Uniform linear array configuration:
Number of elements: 32
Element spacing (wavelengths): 1
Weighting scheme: hann
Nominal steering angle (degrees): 0
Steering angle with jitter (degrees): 0.6964
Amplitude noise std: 0.05
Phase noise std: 0.05

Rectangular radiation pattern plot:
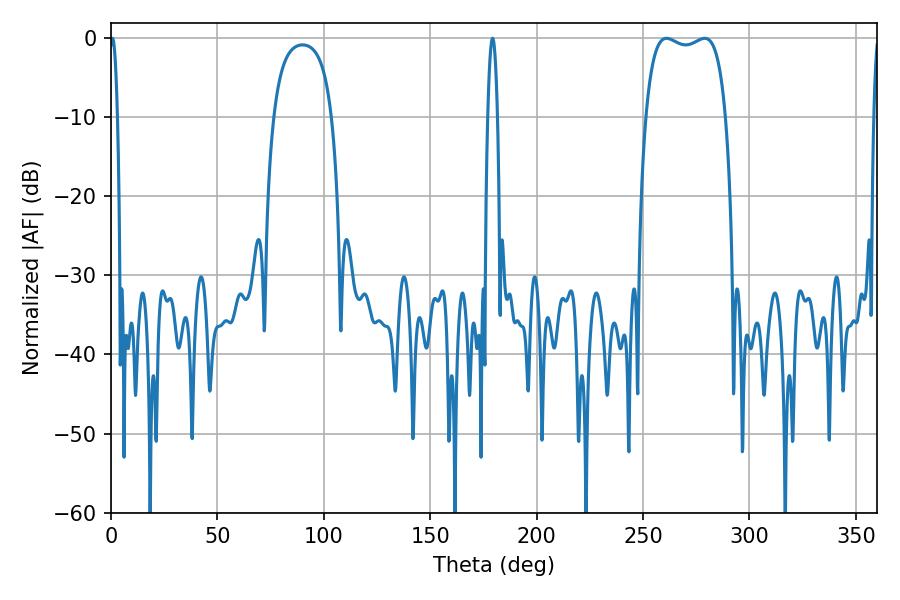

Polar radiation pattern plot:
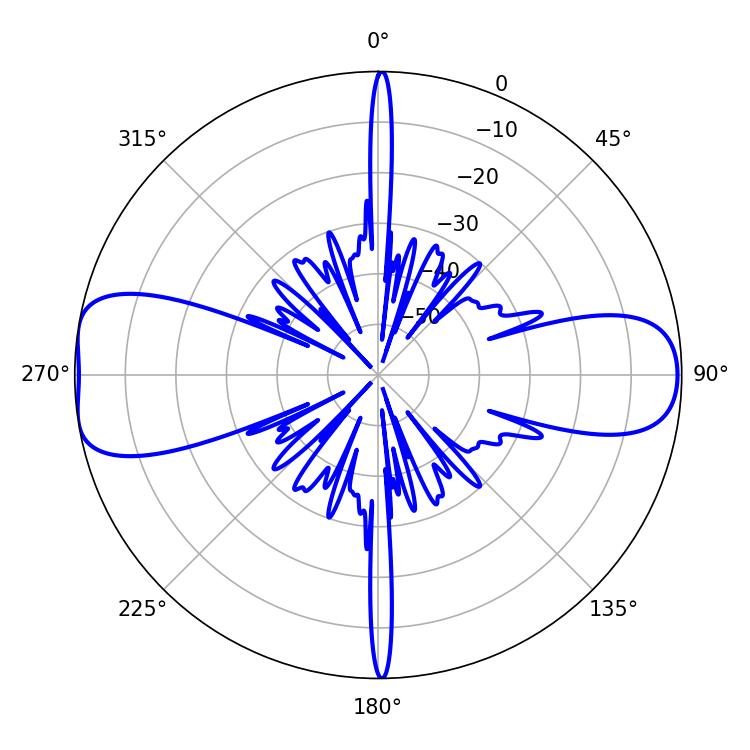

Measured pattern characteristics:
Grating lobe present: TRUE
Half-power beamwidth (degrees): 30.24
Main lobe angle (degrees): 261